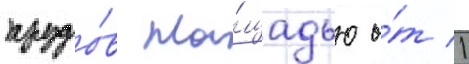
прудо́в пло́щадью о́т 1